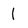
Character: l